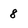
Character: 8